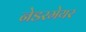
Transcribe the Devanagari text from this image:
नेडरमेयर